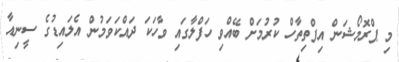
މި ޕްރޮމޯޝަން އިފްތިތާހް ކުރުމަށް ބޭއްވި ހަފްލާގައި ވާހަކަ ދައްކަވަމުން އެލައިޑުގެ ސީނިއާ